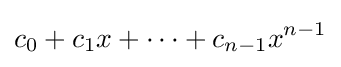
c_{0}+c_{1}x+\cdots +c_{n-1}x^{n-1}